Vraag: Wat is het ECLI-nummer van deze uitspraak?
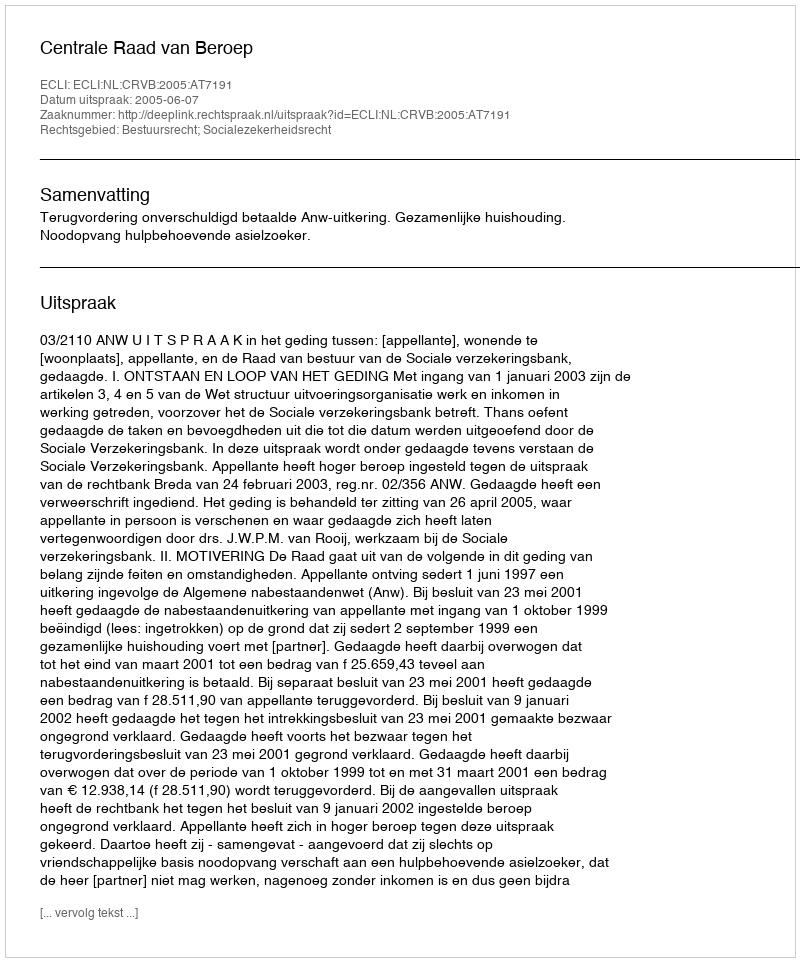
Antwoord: ECLI:NL:CRVB:2005:AT7191